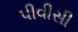
પીવીસી